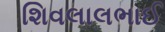
શિવલાલભાઈ